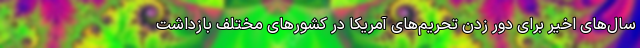
سال‌های اخیر برای دور زدن تحریم‌های آمریکا در کشورهای مختلف بازداشت